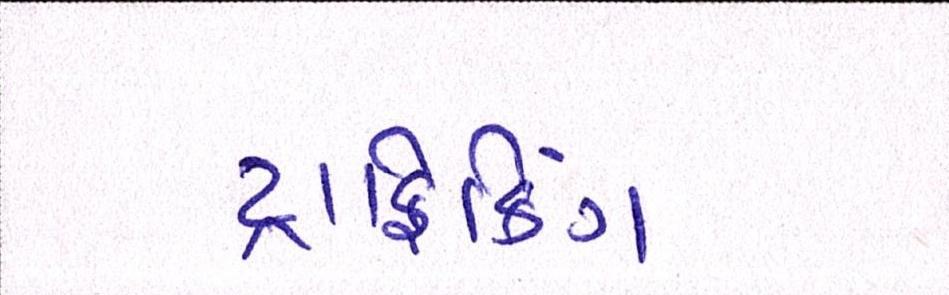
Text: ટ્રાફિકિંગ